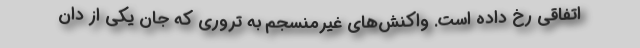
اتفاقی رخ داده است. واکنش‌های غیرمنسجم به تروری که جان یکی از دان